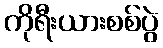
ကိုရီးယားစစ်ပွဲ